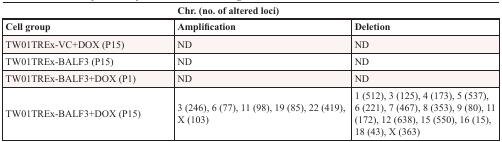
<table><thead><tr><td colspan="3"><b>Chr. (no. of altered loci)</b></td></tr><tr><td><b>Cell group</b></td><td><b>Amplification</b></td><td><b>Deletion</b></td></tr></thead><tbody><tr><td>TW01TREx-VC+DOX (P15)</td><td>ND</td><td>ND</td></tr><tr><td>TW01TREx-BALF3 (P15)</td><td>ND</td><td>ND</td></tr><tr><td>TW01TREx-BALF3+DOX (P1)</td><td>ND</td><td>ND</td></tr><tr><td>TW01TREx-BALF3+DOX (P15)</td><td>3 (246), 6 (77), 11 (98), 19 (85), 22 (419), X (103)</td><td>1 (512), 3 (125), 4 (173), 5 (537), 6 (221), 7 (467), 8 (353), 9 (80), 11 (172), 12 (638), 15 (550), 16 (15), 18 (43), X (363)</td></tr></tbody></table>